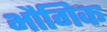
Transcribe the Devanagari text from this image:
भौगिक